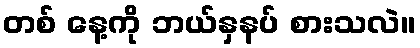
တစ် နေ့ကို ဘယ်နှနပ် စားသလဲ။